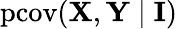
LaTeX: \operatorname{pcov}(\mathbf{X},\mathbf{Y}\mid\mathbf{I})